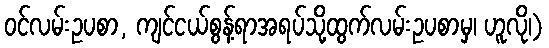
ဝင်လမ်းဥပစာ, ကျင်ငယ်စွန့်ရာအရပ်သို့ထွက်လမ်းဥပစာမှ၊ ဟူလို၊)